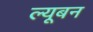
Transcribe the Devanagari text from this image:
ल्यूबन